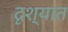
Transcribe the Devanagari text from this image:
दृश्यात